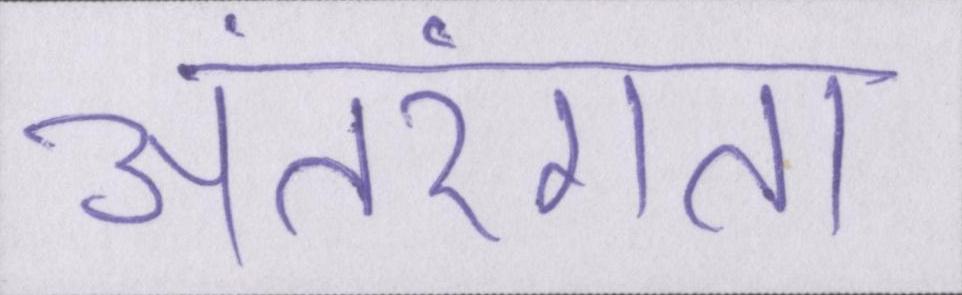
अंतरंगता